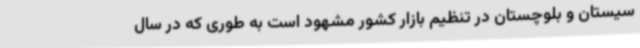
سیستان و بلوچستان در تنظیم بازار کشور مشهود است به طوری که در سال